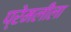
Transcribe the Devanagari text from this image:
प्रेमलीला